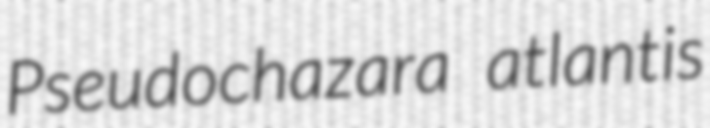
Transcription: Pseudochazara atlantis